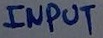
Text: INPUT